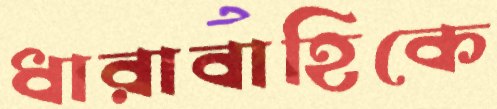
ধারাবাহিকে